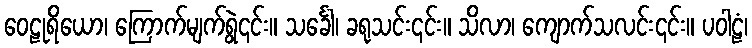
ဝေဠုရိယော၊ ကြောက်မျက်ရွဲ၎င်း။ သင်္ခေါ၊ ခရုသင်း၎င်း။ သိလာ၊ ကျောက်သလင်း၎င်း။ ပဝါဠံ၊